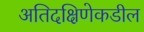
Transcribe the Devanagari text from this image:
अतिदक्षिणेकडील